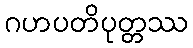
ဂဟပတိပုတ္တဿ